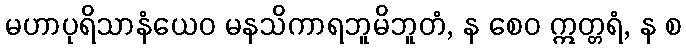
မဟာပုရိသာနံယေဝ မနသိကာရဘူမိဘူတံ, န စေဝ ဣတ္တရံ, န စ